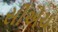
સીએચ